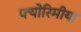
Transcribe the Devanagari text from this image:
फ्योरिमीया